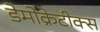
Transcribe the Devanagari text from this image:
डेमोक्रेटीक्स